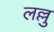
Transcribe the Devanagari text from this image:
लल्लु